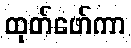
ထုတ်ဖော်ကာ